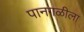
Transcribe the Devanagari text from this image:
पानगळीला